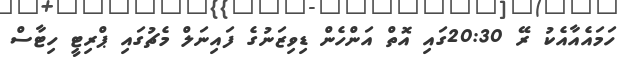
ހަމައެއާއެކު ރޭ 20:30ގައި އޮތް އަންހެން ޑިވިޒަނުގެ ފައިނަލް މެޗުގައި ޕްރިޓީ ހިޓާސް